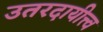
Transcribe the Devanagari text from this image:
उतरदायीत्त्व